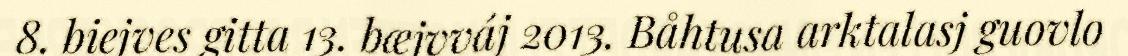
8. biejves gitta 13. bæjvváj 2013. Båhtusa arktalasj guovlo